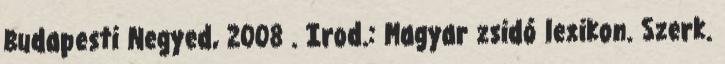
Budapesti Negyed, 2008 . Irod.: Magyar zsidó lexikon. Szerk.